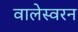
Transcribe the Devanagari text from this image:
वालेस्वरन